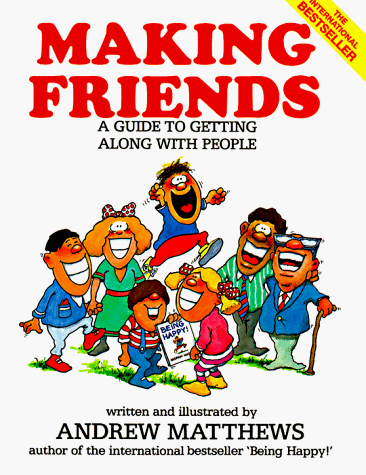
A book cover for Making Friends; Andrew Matthews; Self-Help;